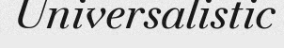
Universalistic